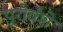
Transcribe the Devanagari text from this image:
पुरोर्वंशे